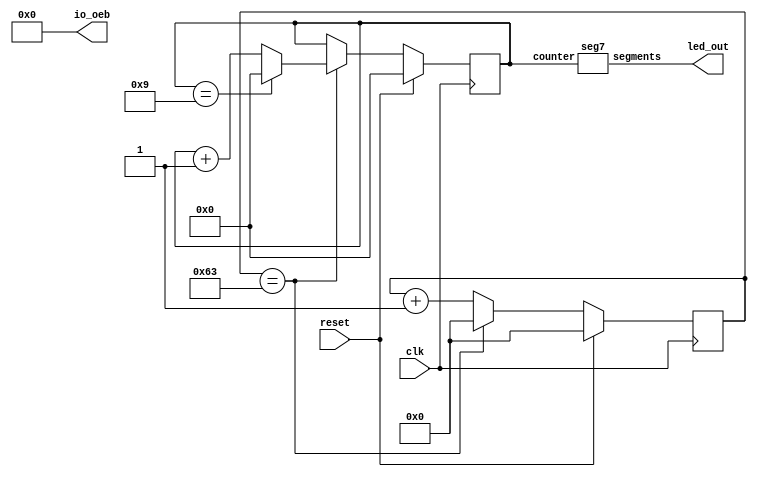
// seven segment seconds//
//Demo project for Zero to ASIC course & presentations//
//https://github.com/mattvenn/seven_segment_seconds//

`default_nettype none

module seven_segment_seconds (
`ifdef USE_POWER_PINS
	inout vccd1,	// User area 1 1.8V supply
    	inout vssd1,	// User area 1 digital ground
`endif
	input wire clk,
    	input wire reset,
	output wire [6:0] led_out,
	output wire [6:0] io_oeb
);

	assign io_oeb = 7'd0;
    // external clock is 16MHz, so need 24 bit counter
    reg [23:0] second_counter;
    reg [3:0] digit;

    `ifdef COCOTB_SIM
        initial begin
            $dumpfile ("seven_segment_seconds.vcd");
            $dumpvars (0, seven_segment_seconds);
            #1;
        end
        localparam MAX_COUNT = 100;
    `else
        localparam MAX_COUNT = 100; // For testing else 16MHz
    `endif


    always @(posedge clk) begin
        // if reset, set counter to 0
        if (reset) begin
            second_counter <= 0;
            digit <= 0;
        end else begin
            // if up to 16e6
            if (second_counter == MAX_COUNT - 1) begin
                // reset
                second_counter <= 0;

                // increment digit
                digit <= digit + 1'b1;

                // only count from 0 to 9
                if (digit == 9)
                    digit <= 0;

            	end else
                // increment counter
                second_counter <= second_counter + 1'b1;
              end
          end
        

    // instantiate segment display
    seg7 seg7(.counter(digit), .segments(led_out));

endmodule

/*
      -- 1 --
     |       |
     6       2
     |       |
      -- 7 --
     |       |
     5       3
     |       |
      -- 4 --
*/

module seg7 (
    input wire [3:0] counter,
    output reg [6:0] segments
);

	always @(*) begin
        case(counter)
            //                7654321
            0:  segments = 7'b0111111;
            1:  segments = 7'b0000110;
            2:  segments = 7'b1011011;
            3:  segments = 7'b1001111;
            4:  segments = 7'b1100110;
            5:  segments = 7'b1101101;
            6:  segments = 7'b1111100;
            7:  segments = 7'b0000111;
            8:  segments = 7'b1111111;
            9:  segments = 7'b1100111;
            default:    
                segments = 7'b0000000;
        endcase
    end

endmodule
`default_nettype wire